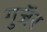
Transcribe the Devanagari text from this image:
गुजॅर